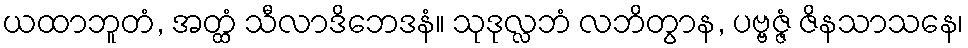
ယထာဘူတံ, အတ္ထံ သီလာဒိဘေဒနံ။ သုဒုလ္လဘံ လဘိတွာန, ပဗ္ဗဇ္ဇံ ဇိနသာသနေ၊